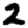
Digit: 2